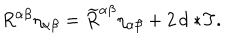
R ^ { \alpha \beta } \eta _ { \alpha \beta } = \widetilde { R } ^ { \alpha \beta } \eta _ { \alpha \beta } + 2 \, d \ast \! T .